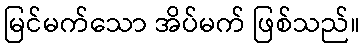
မြင်မက်သော အိပ်မက် ဖြစ်သည်။